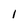
Character: 1